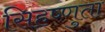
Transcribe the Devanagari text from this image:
सिहष्णुता